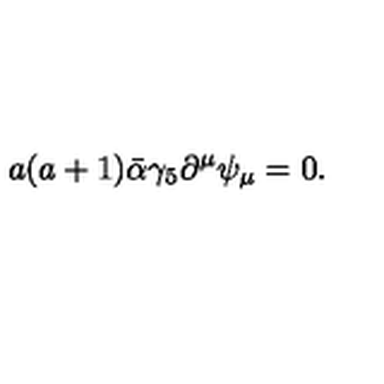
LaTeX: a ( a + 1 ) \bar { \alpha } \gamma _ { 5 } \partial ^ { \mu } \psi _ { \mu } = 0 .